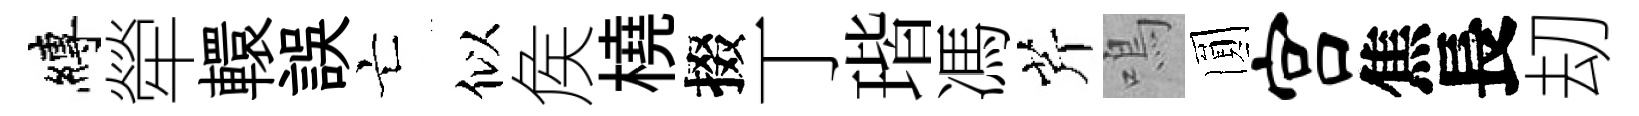
縛犖轘誤亡似矦橈掇丁瑎馮芹鳴圎宫焦長刧